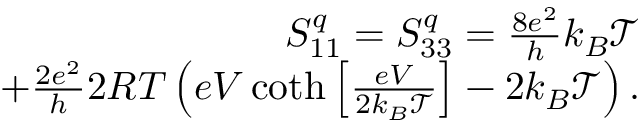
\begin{array} { r } { S _ { 1 1 } ^ { q } = S _ { 3 3 } ^ { q } = \frac { 8 e ^ { 2 } } { h } k _ { B } \mathcal { T } } \\ { + \frac { 2 e ^ { 2 } } { h } 2 R T \left( e V \coth \left[ \frac { e V } { 2 k _ { B } \mathcal { T } } \right] - 2 k _ { B } \mathcal { T } \right) . } \end{array}